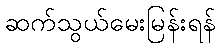
ဆက်သွယ်မေးမြန်းရန်